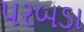
પરબડા